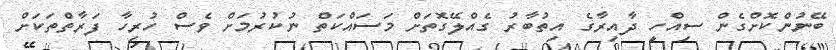
ބޭނުންކޮށްގެން ސިއްހީ ދާއިރާގެ އިތުބާރު ގެއްލޭގޮތަށް މަސައްކަތް ނުކުރުމަށް ވެސް ހުރިހާ ފަރާތްތަކަށް